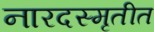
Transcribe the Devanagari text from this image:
नारदस्मृतीत